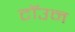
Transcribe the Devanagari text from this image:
टॉउन